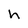
Character: h